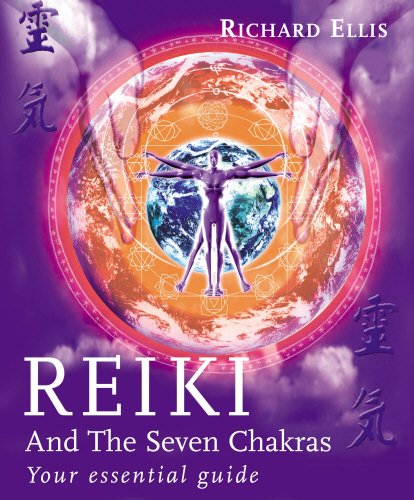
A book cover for Reiki and the Seven Chakras: Your Essential Guide; Richard Ellis; Religion & Spirituality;